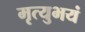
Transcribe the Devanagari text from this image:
मृत्युभयं